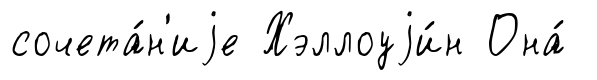
сочета́н'иjе Хэллоуjи́н Она́